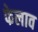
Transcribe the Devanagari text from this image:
फेलाव